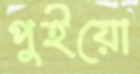
পুইয়ো